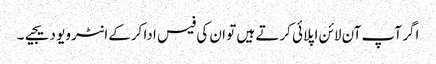
اگر آپ آن لائن اپلائی کرتے ہیں تو ان کی فیس ادا کرکےانٹرویو دیجیے۔